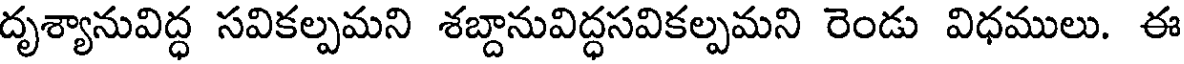
దృశ్యానువిద్ధ సవికల్పమని శబ్దానువిద్ధసవికల్పమని రెండు విధములు. ఈ